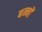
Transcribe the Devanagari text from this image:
बन्नों